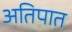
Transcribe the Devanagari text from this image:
अतिपात